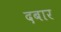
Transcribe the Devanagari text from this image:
दबार